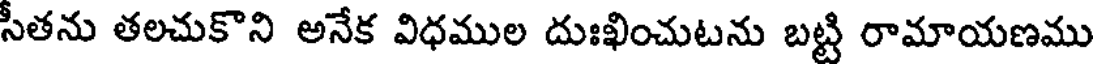
సీతను తలచుకొని అనేక విధముల దుఃఖించుటను బట్టి రామాయణము